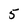
Character: 5